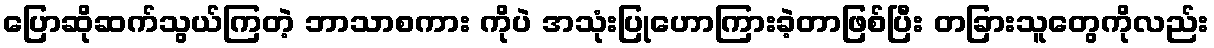
ပြောဆိုဆက်သွယ်ကြတဲ့ ဘာသာစကား ကိုပဲ အသုံးပြုဟောကြားခဲ့တာဖြစ်ပြီး တခြားသူတွေကိုလည်း